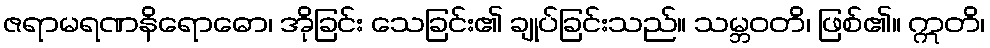
ဇရာမရဏနိရောဓော၊ အိုခြင်း သေခြင်း၏ ချုပ်ခြင်းသည်။ သမ္ဘဝတိ၊ ဖြစ်၏။ ဣတိ၊